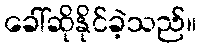
ခေါ်ဆိုနိုင်ခဲ့သည်။